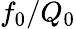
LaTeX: f_{0}/Q_{0}